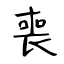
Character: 喪